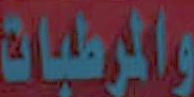
والمرطبات